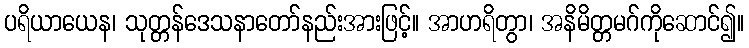
ပရိယာယေန၊ သုတ္တန်ဒေသနာတော်နည်းအားဖြင့်။ အာဟရိတွာ၊ အနိမိတ္တမဂ်ကိုဆောင်၍။